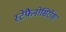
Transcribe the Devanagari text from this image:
स्टेफ़ैनोसिरॉस